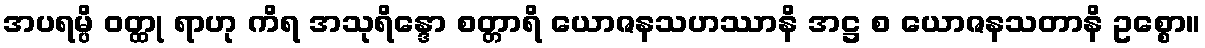
အပရမ္ပိ ဝတ္ထု ရာဟု ကိရ အသုရိန္ဒော စတ္တာရိ ယောဇနသဟဿာနိ အဋ္ဌ စ ယောဇနသတာနိ ဥစ္စော။